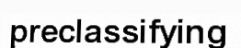
preclassifying